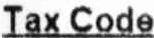
TAX CODE